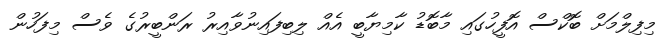
މިފިލްމަށް ބޮކްސް އޮފީހުގައި މާބޮޑު ކާމިޔާބީ އެއް ލިބިފައިނުވާއިރު ރަންބީރުގެ ވެސް މިފަހުން